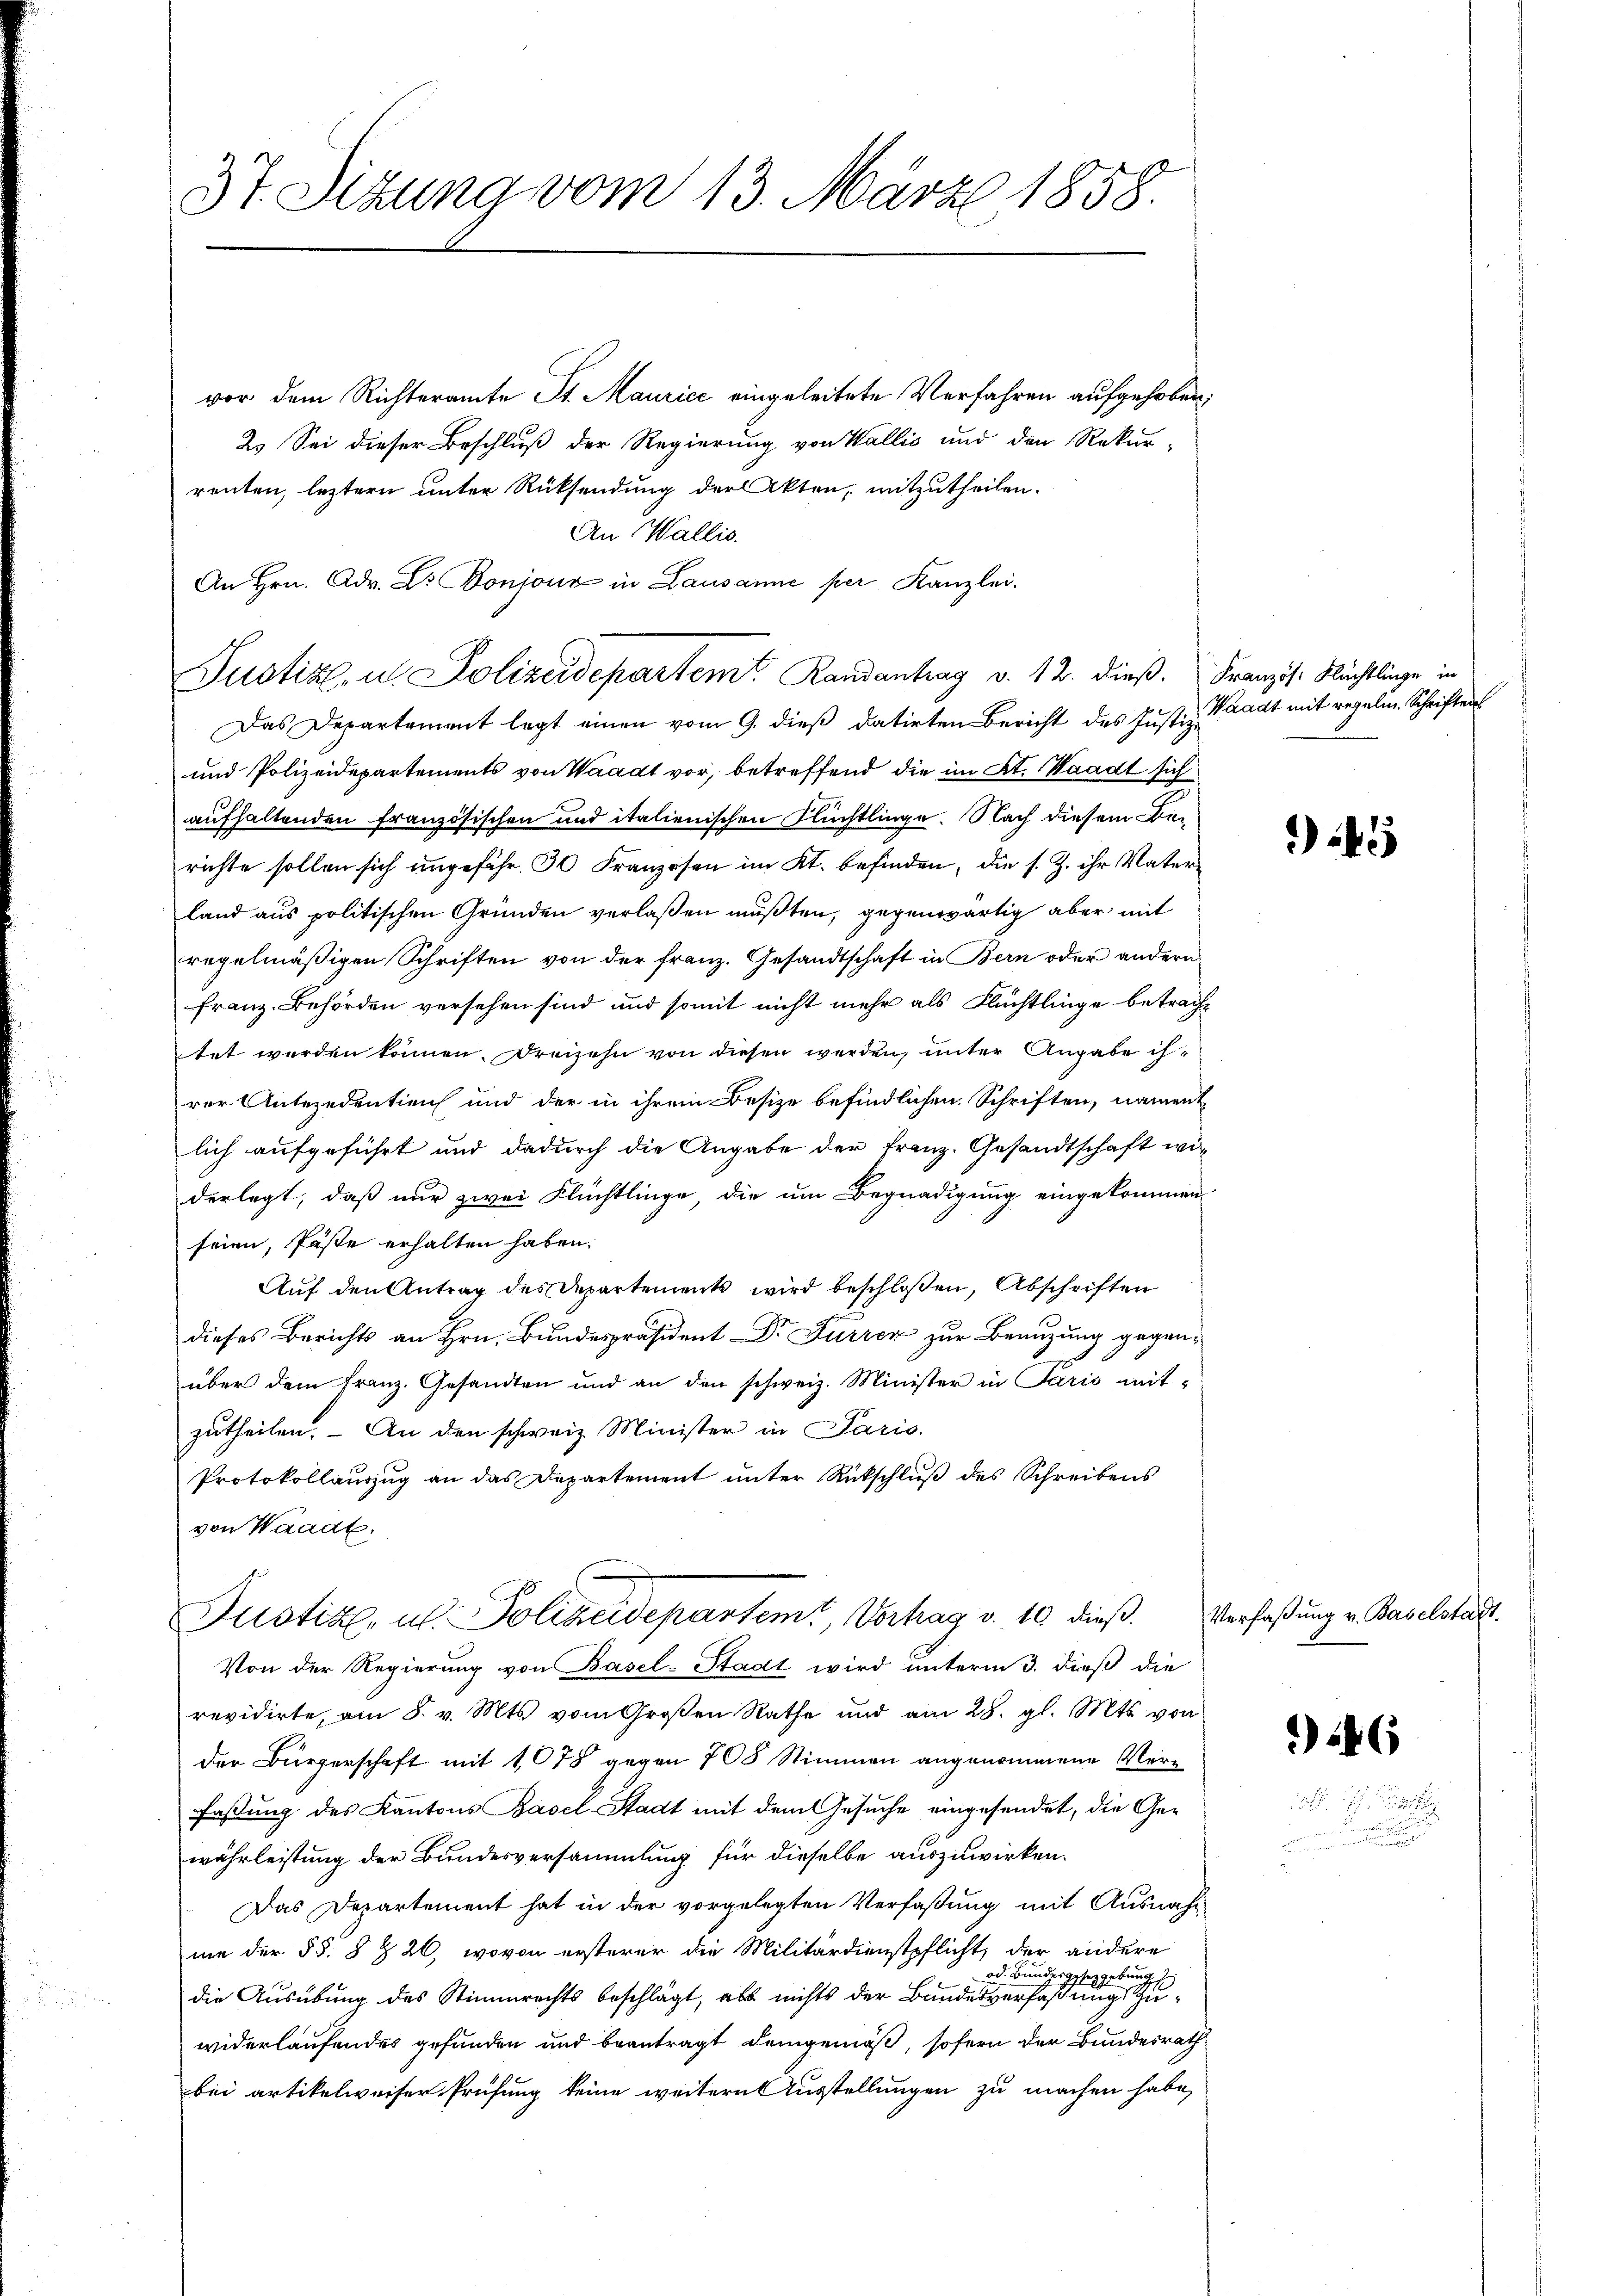
37. Sizung vom 13. März 1858.

vor dem Richteramte St. Maurice eingeleitete Verfahren aufgehoben;
2. Sei dieser Beschluß der Regierung von Wallis und den Rekur-
renten, leztern unter Rücksendung der Akten, mitzutheilen.
Justiz, u. Polizeidepartem Randantrag v. 12. dieß. Französ. Nächtlinge in
Das Departement legt einen vom 9. dieß datirten Bericht des Justiz-
und Polizeidepartements von Waadt vor, betreffend die im Kt. Waadt sich
aufhaltenden französischen und italienischen Flüchtlinge. Nach diesem Berichte sollen sich ungefähr 30 Franzosen im Kt. befinden, die s. Z. ihr Vaterland aus politischen Gründen verlaßen mußten, gegenwärtig aber mit
regelmäßigen Schriften von der franz. Gesandtschaft in Bern oder andern
Franz. Behörden versehen sind und somit nicht mehr als Flüchtlinge betracht
tet werden können. Dreizehn von diesen werden, unter Angabe ih
rer Antezedentien und der in ihrem Besize befindlichen Schriften, nament
lich aufgeführt und dadurch die Angabe der franz. Gesandtschaft widerlegt, daß nur zwei Flüchtlinge, die um Begnadigung eingekommen,
seien, Pässe erhalten haben.
Auf den Antrag des Departements wird beschloßen, Abschriften
dieses Berichts an Hrn. Bundespräsident Dr Furren zur Benutzung gegenüber dem Franz. Gesandten und an den schweiz. Minister in Paris mit-
zutheilen. An den schweiz Minister in Paris
Protokollauszug an das Departement unter Rückschluß des Schreibens
von Waadt.
Justiz, u. Polizeidepartem Verhag v. 10 dieß
Von der Regierung von Basel-Stadt wird unterm 3. dieß die
revidirte, am 8. v. Mts. vom Großen Rathe und am 28. gl. Mts. von
der Bürgerschaft mit 1078 gegen 708 Stimmen angenommene Verfassung des Kantons Basel-Stadt mit dem Gesuche eingesendet, die Gewährleistung der Bundesversammlung für dieselbe auszuwirken.
Das Departement hat in der vorgelegten Verfaßung mit Ausnahm-
me der §§. 8 & 26, wovon ersterer die Militärdienstpflicht, der andere
od. Bundesgesez gebun
die Ausübung des Stimmrechts beschlägt, als nichts der Bundesverfaßungsrathe
widerlaufendes gefunden und beantragt demgemäß, sofern der Bundesrath
bei artikelweiser Prüfung keine weitern Ausstellungen zu machen habe,

An Wallis.
An Hrn. Adr. Dr. Bonjonz in Lausanne per Kanzlei.

Waadt mit regelin. Schriften

45

Verfaßung v. Baselstadt.

246